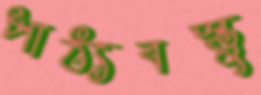
পাঠ্যবস্তু